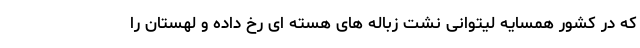
که در کشور همسایه لیتوانی نشت زباله های هسته ای رخ داده و لهستان را